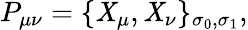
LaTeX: P_{\mu\nu}=\{ \mathit{X}_{\mu},\mathit{X}_{\nu}\} _{\sigma_{0},\sigma_{1}},